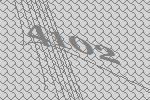
4102